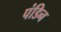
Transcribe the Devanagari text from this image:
पंडिन